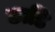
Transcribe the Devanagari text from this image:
छाडि